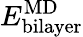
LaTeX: E_{\mathrm{bilayer}}^{\mathrm{{MD}}}